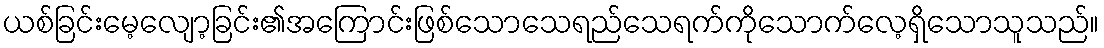
ယစ်ခြင်းမေ့လျော့ခြင်း၏အကြောင်းဖြစ်သောသေရည်သေရက်ကိုသောက်လေ့ရှိသောသူသည်။